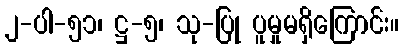
၂-ပါ-၅၁၊ ဋ္ဌ-၅၊ သု-ပြု ပူမှုမရှိကြောင်း။